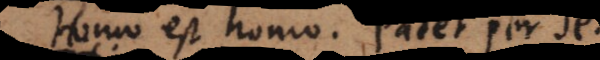
Homo est homo. Patet per se.